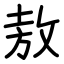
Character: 敖